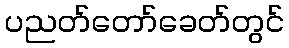
ပညတ်တော်ခေတ်တွင်